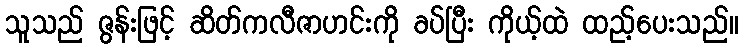
သူသည် ဇွန်းဖြင့် ဆိတ်ကလီဇာဟင်းကို ခပ်ပြီး ကိုယ့်ထဲ ထည့်ပေးသည်။